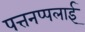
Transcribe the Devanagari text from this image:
पत्तनप्पलाई